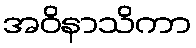
အဝိနာသိကာ